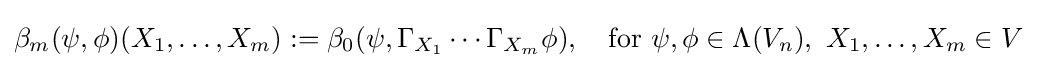
\beta _{m}(\psi ,\phi )(X_{1},\dots ,X_{m}):=\beta _{0}(\psi ,\Gamma _{X_{1}}\cdots \Gamma _{X_{m}}\phi ),\quad {\text{for }}\psi ,\phi \in \Lambda (V_{n}),\ X_{1},\dots ,X_{m}\in V